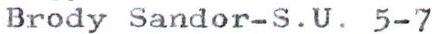
Brody Sandor-S.U. 5-7